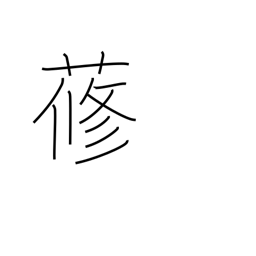
Meaning: (used only in compounds)